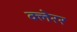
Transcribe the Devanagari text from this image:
क्लेरर